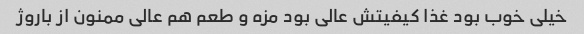
خیلی خوب بود غذا کیفیتش عالی بود مزه و طعم هم عالی ممنون از باروژ